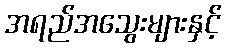
အရည်အသွေးများနှင့်